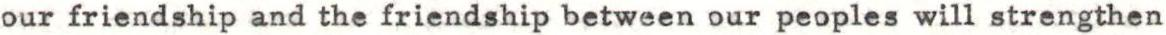
our friendship and the friendship between our peoples will strengthen